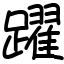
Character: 躍